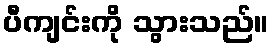
ပီကျင်းကို သွားသည်။